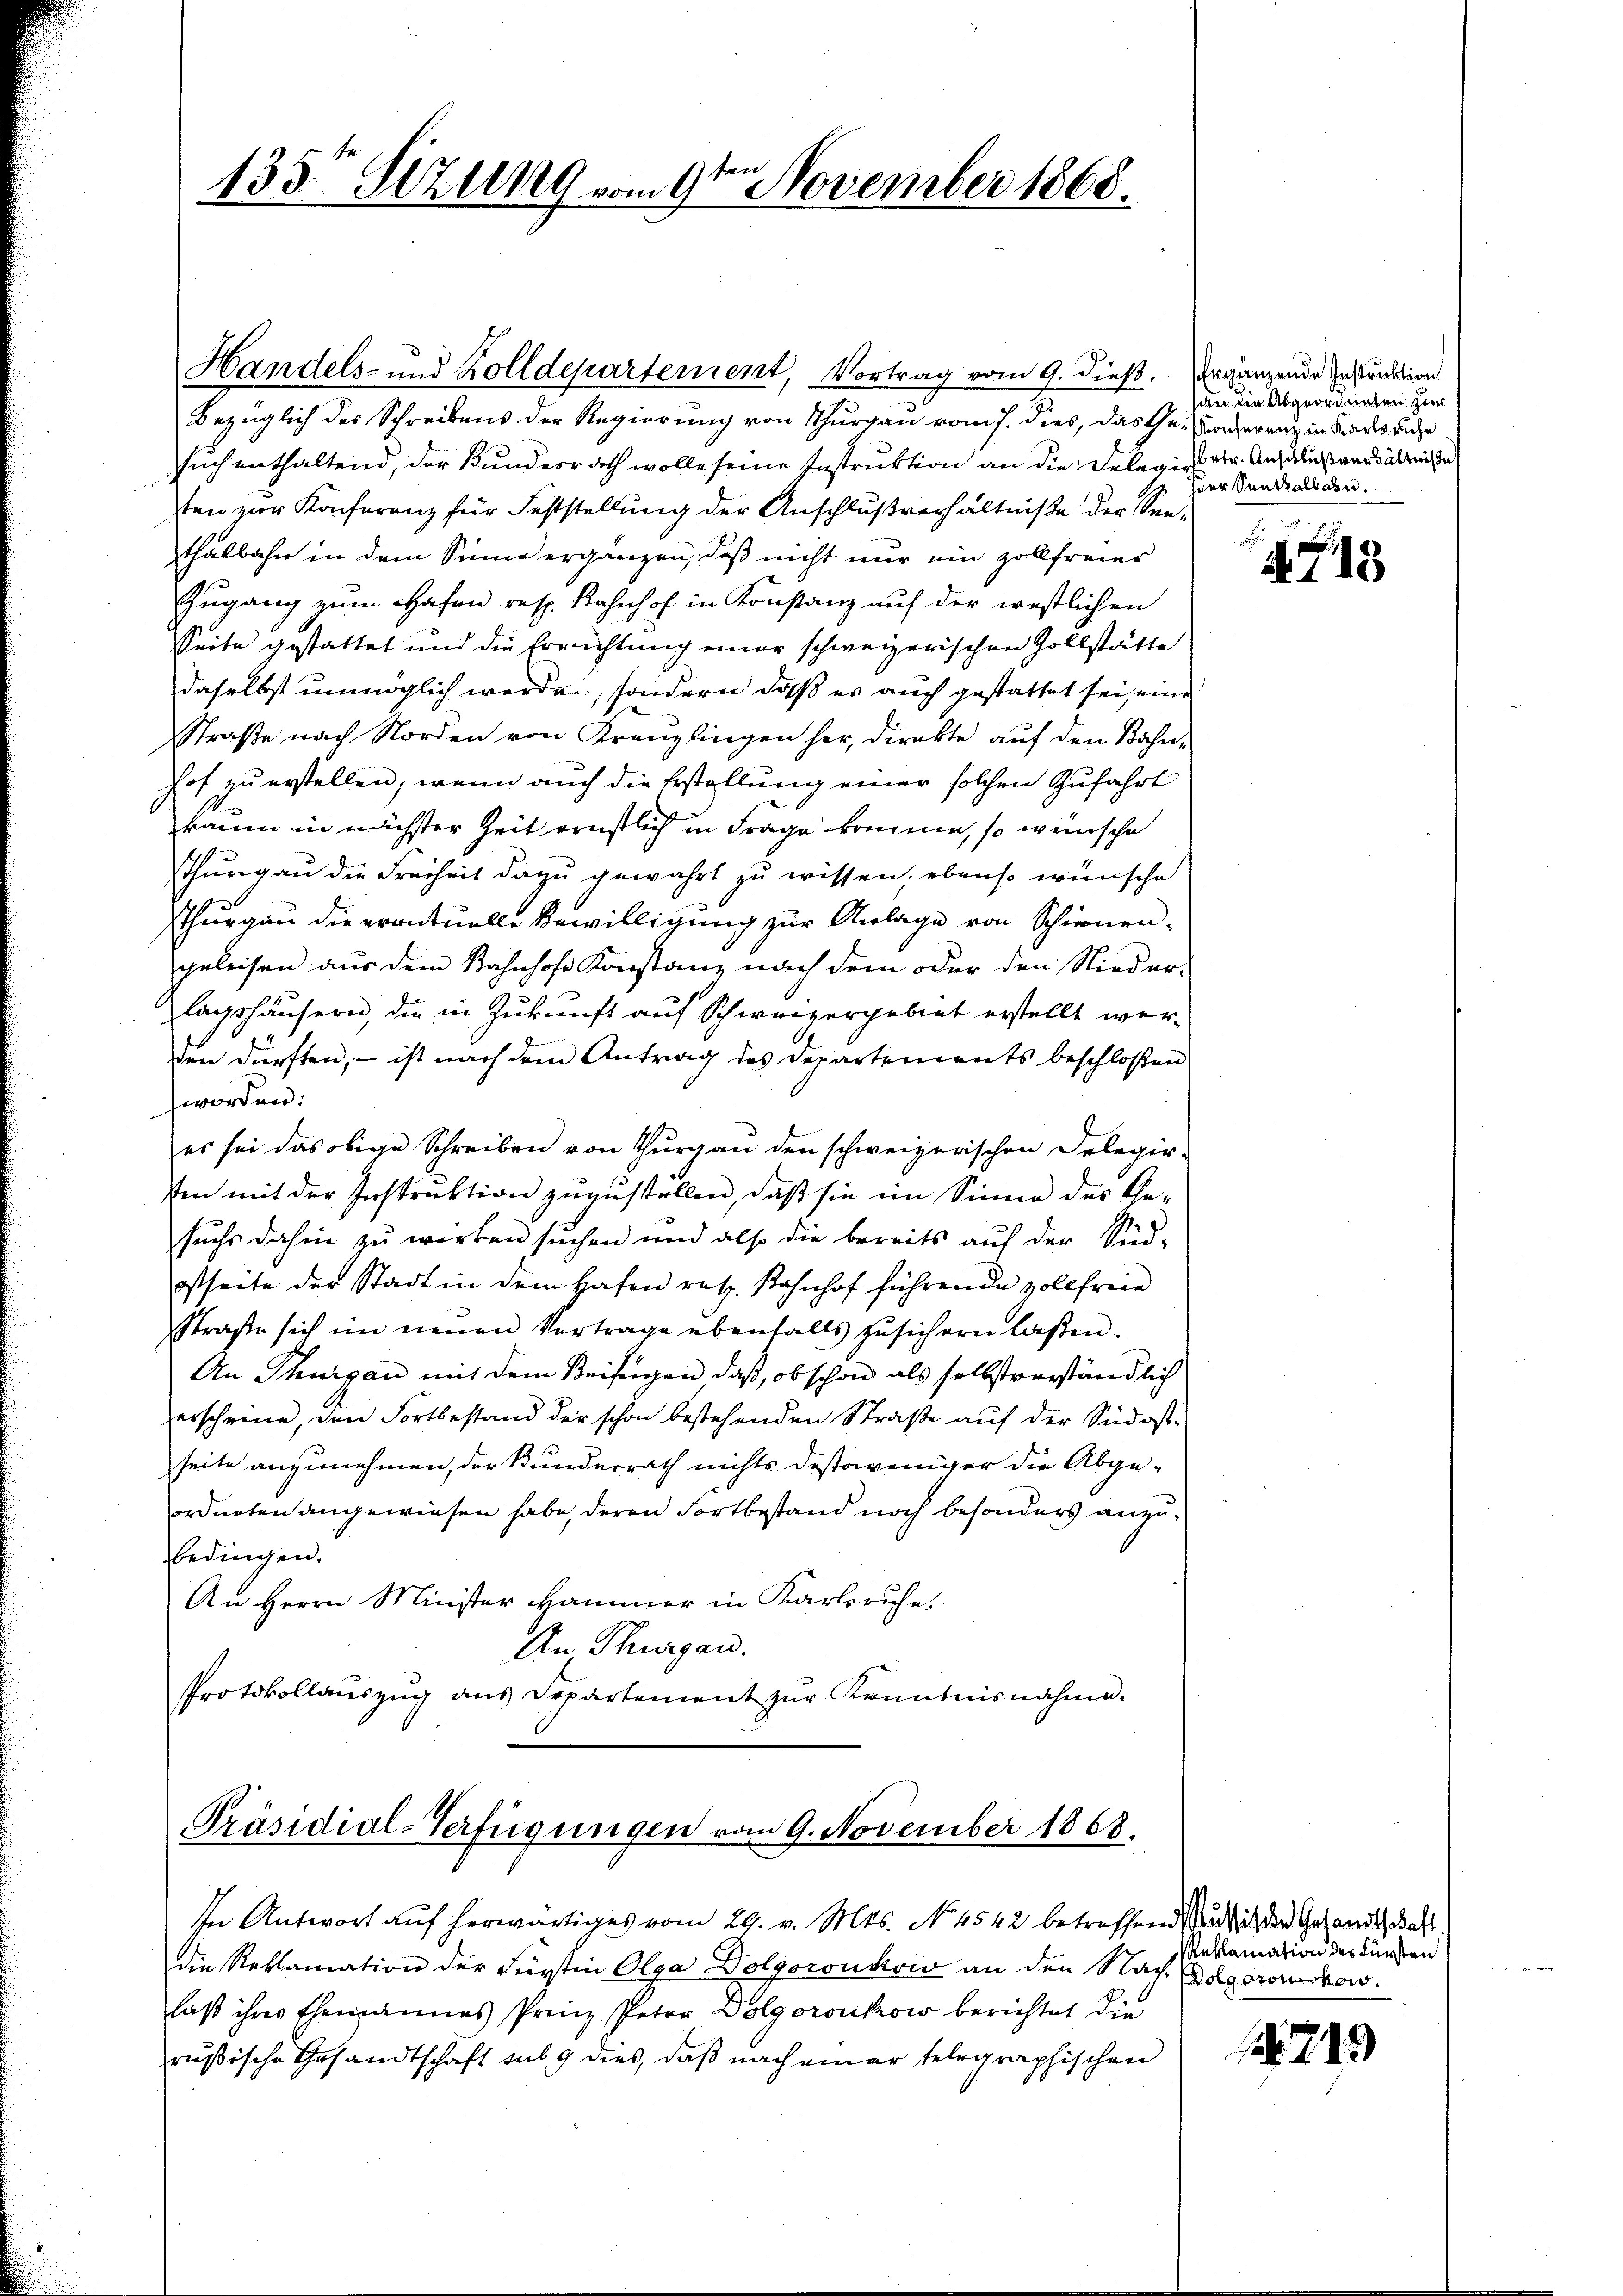
135te Sitzung vom 9te͇n November 1868.

Handels- und Zolldepartement, Vortrag vom 9. dieß. Ergänzende Inspunktion
Bezüglich des Schreibens der Regierung von Thurgau vom 7. dies, das Ge-Konferenz in Kades Luze
such enthaltend, der Kundesrath wolle seine Instruktion an die Delegirte Anschluß ward abreiche
ten zur Konferenz für Feststellung der Anschlußverhältniße der Seethalbahn in dem Sinne ergänzen, daß nicht nur ein zollfreier
Zugang zum Hafen resp. Kahnhof in Konstanz auf der westlichen
Seite gestattet und die Errichtung einer schweizerischen Zollstätte
daselbst unmöglich werde, sondern daß es auch gestattet sei, eine
Straße nach Norden von Kreuzlingen her, direkte auf den Bahnhof zu erstellen, wenn auch die Erstellung einer solchen Zufahrt
kaum in nächster Zeit ernstlich in Frage komme, so wünsche
Thurgau die Freiheit dazu gewahrt zu wissen, ebenso wünsche
Thurgau die eventuelle Bewilligung zur Anlage von Schienen-
geleisen aus dem Bahnhofe Konstanz nach dem oder den Nieder-
lagshäusern, die in Zukunft auf Schweizergebiet erstellt werden dürften, – ist nach dem Antrag des Departements beschloßen
worden:
es sei das obige Schreiben von Thurgau den schweizerischen Delegir-
sten mit der Instrŭktion zŭzŭstellen, daβ sie im Sinne des Ge-
suchs dahin zu werken suchen und also die bereits aŭf der Süd-
estseite der Stadt in dem Hafen retz. Bahnhof führende vollfreie
Straße sich im neuen Vortrage ebenfalls zusichern laßen.
An Thurgau mit dem Beifügen, daß, ob schon als selbstverständlich
verscheine, den Fortbestand der schon bestehenden Straße auf der Südostseite anzunehmen, der Bunderrath nichts destoweniger die Abge-
ordneten angewiesen habe, deren Fortbestand noch besonders anzubedingen.
An Herrn Minister Hammer in Karlsruhe.
An Thurgau.
Protokollauszug aus Departement zur Kenntnisnahme.

Präsidial-Verfügungen vom 9. November 1868.

In Antwort auf herwärtiges vom 29. v. Mts. No 4542 betreffend ich der Gesandtschaft
die Reklamation der Fürstin Olga Dolgoronckow an den Nach Dolgoronchow.
laß ihres Ehemannes Prinz Peter Dolgoroukow berichtet die
rußische Gesandtschaft sub 9 dies, daß nach einer telegraphischen

an die Abgeordneten zur
hier Senthalben.

113

eklamation des Fürsten

1249